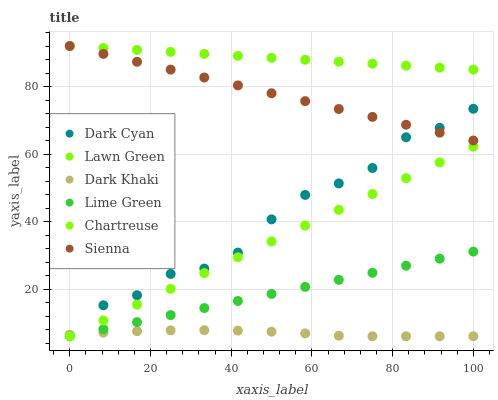
| xaxis_label | Dark Cyan | Lawn Green | Dark Khaki | Lime Green | Chartreuse | Sienna |
 | --- | --- | --- | --- | --- | --- | --- |
 | 0 | 6.18 | 92 | 6.45 | 6 | 6 | 92 |
 | 8.33 | 15.2 | 91.4 | 7.07 | 8.09 | 10.7 | 89.7 |
 | 16.7 | 18.2 | 90.8 | 7.5 | 10.2 | 15.4 | 87.3 |
 | 25 | 24.5 | 90.3 | 7.75 | 12.3 | 20 | 85 |
 | 33.3 | 26.1 | 89.7 | 7.81 | 14.4 | 24.7 | 82.7 |
 | 41.7 | 30.8 | 89.1 | 7.68 | 16.5 | 29.4 | 80.3 |
 | 50 | 40.6 | 88.5 | 7.36 | 18.5 | 34.1 | 78 |
 | 58.3 | 47.9 | 87.9 | 6.86 | 20.6 | 38.8 | 75.7 |
 | 66.7 | 51.3 | 87.3 | 6.16 | 22.7 | 43.5 | 73.3 |
 | 75 | 55.9 | 86.8 | 6 | 24.8 | 48.1 | 71 |
 | 83.3 | 65 | 86.2 | 6 | 26.9 | 52.8 | 68.7 |
 | 91.7 | 67.8 | 85.6 | 6 | 29 | 57.5 | 66.3 |
 | 100 | 73.4 | 85 | 6 | 31.1 | 62.2 | 64 |